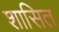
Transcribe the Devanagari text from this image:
शासित